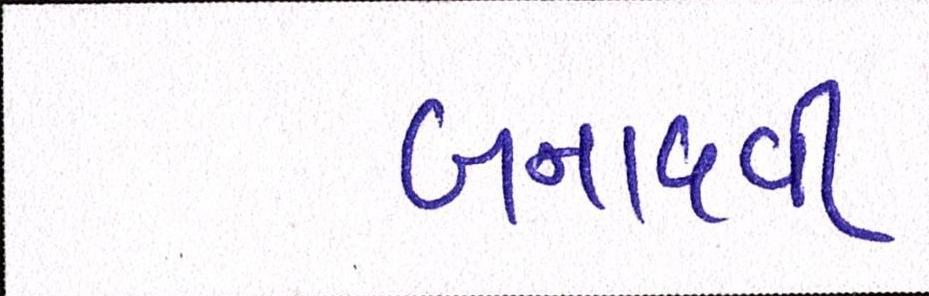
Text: બનાવવી